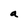
Character: a